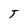
Character: T